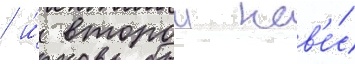
/ и́ второи нав'е́с